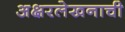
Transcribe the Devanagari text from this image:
अक्षरलेखनाची